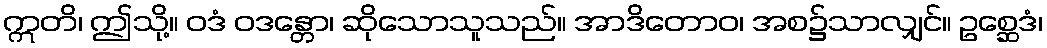
ဣတိ၊ ဤသို့။ ဝဒံ ဝဒန္တော၊ ဆိုသောသူသည်။ အာဒိတောဝ၊ အစ၌သာလျှင်။ ဥစ္ဆေဒံ၊